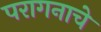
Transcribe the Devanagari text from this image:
परागनाचे